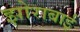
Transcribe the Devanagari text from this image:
झोराबाई